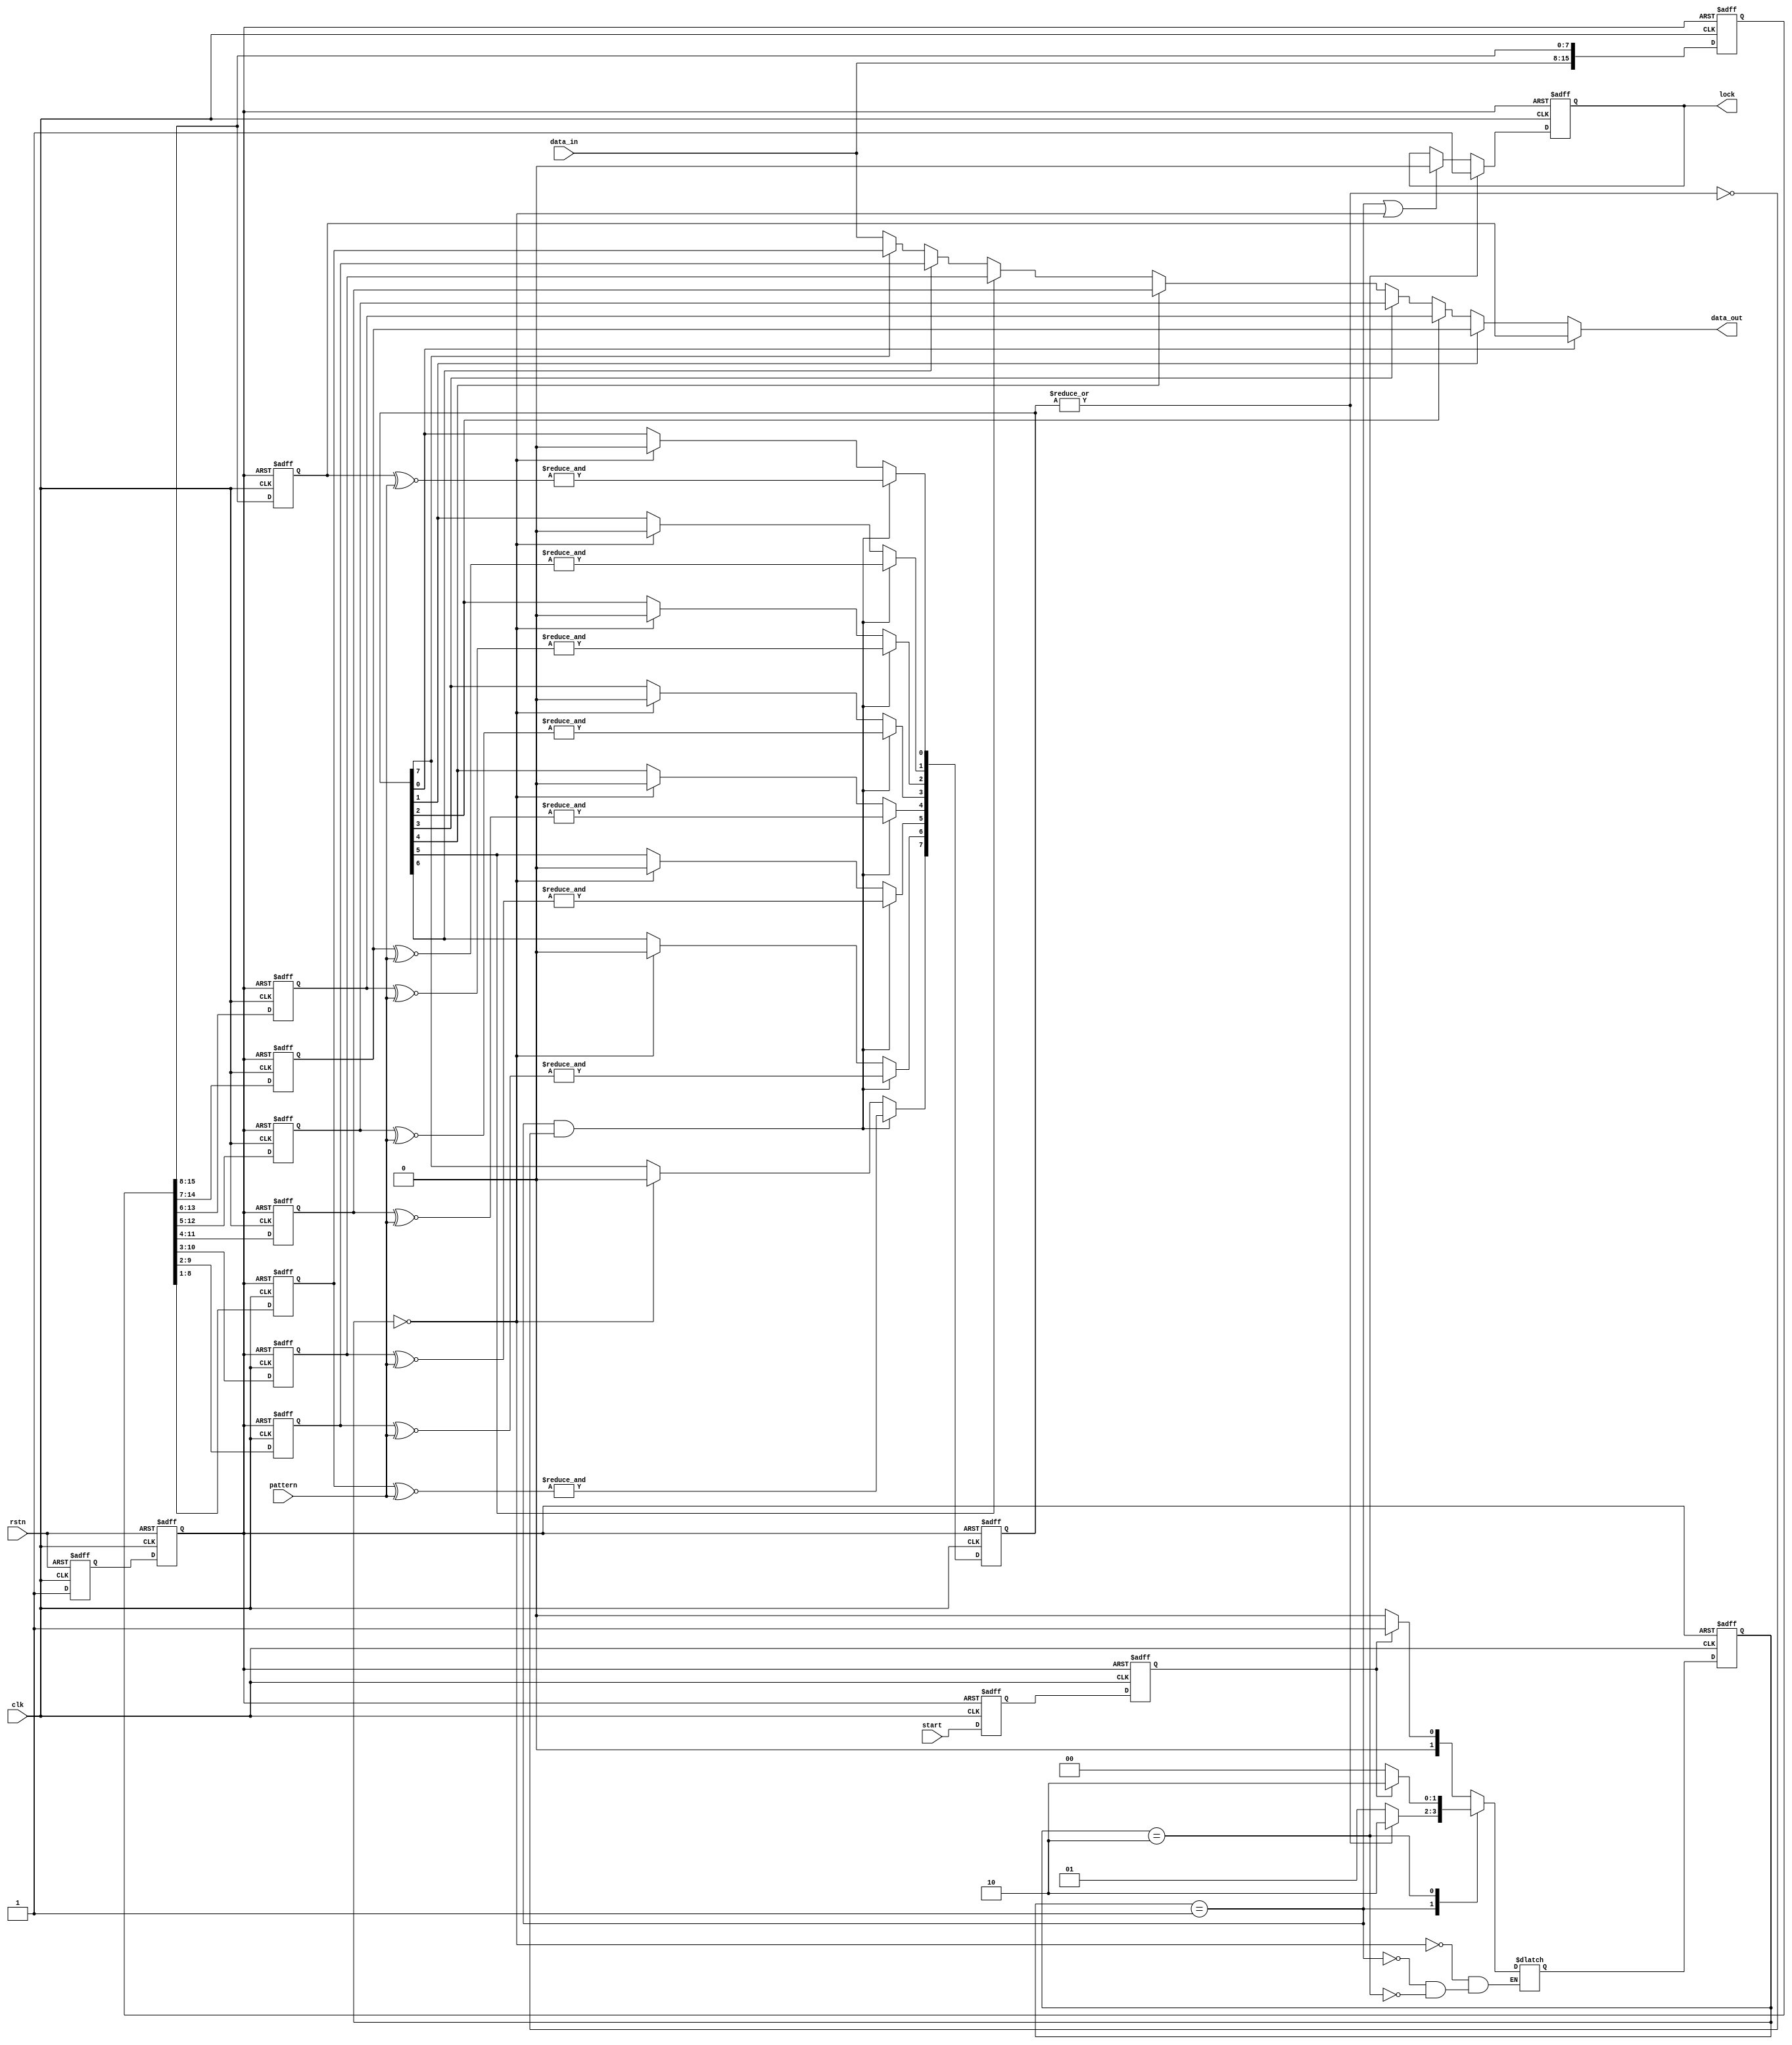
/////////////////////////////////////////////////////////////////////////////
//
// Copyright (C) 2013-2019 Efinix Inc. All rights reserved.
//
// frame_aligner.v
//
// *******************************
// Revisions:
// 1.0 Initial rev
// 1.1 Design updated to 2021.1
//
// *******************************
/////////////////////////////////////////////////////////////////////////////


module frame_aligner (
input clk,
input rstn,
input start,
input [7:0] data_in,
input [7:0] pattern,
output [7:0] data_out,
output reg lock
);

reg [15:0] data_buff;
reg rstn_filt, rstn_sync;
reg [1:0] cstates, nstates;
reg start_filt, start_sync;
reg [7:0] pipe0, pipe1, pipe2, pipe3, pipe4, pipe5, pipe6, pipe7;
reg [7:0] match_i;
wire match;

assign match = |match_i;

localparam IDLE		= 2'b00, 
	   SEARCH 	= 2'b01,
	   LOCK 	= 2'b10;

always @(posedge clk or negedge rstn) begin
	if (!rstn) begin
	rstn_filt <= 1'b0;
	rstn_sync <= 1'b0;
	end else begin
	rstn_filt <= 1'b1;
	rstn_sync <= rstn_filt;
	end
end

always @(posedge clk or negedge rstn_sync) begin
	if (!rstn_sync) begin
	data_buff <= 16'h0000;
	end else begin
	data_buff <= {data_in, data_buff[15:8]};
	end
end

always @(posedge clk or negedge rstn_sync) begin
	if (!rstn_sync) begin
	start_filt <= 1'b0;
	start_sync <= 1'b0;
	end else begin
	start_filt <= start;
	start_sync <= start_filt;
	end
end


//State machine

always @(posedge clk or negedge rstn_sync) begin
	if (!rstn_sync) begin
	cstates <= IDLE;
	end else begin
	cstates <= nstates;
	end
end

always @(cstates or start_sync or match) begin
	case(cstates)
	IDLE	: if (start_sync)		nstates = SEARCH;
	      	  else				nstates = IDLE;
	SEARCH	: if (match) 			nstates = LOCK;
		  else				nstates = SEARCH;
	LOCK	: if (!start_sync) 		nstates = IDLE;
	      	  else 				nstates = LOCK;
	endcase
end

always @(posedge clk or negedge rstn_sync) begin
	if (!rstn_sync) begin
	pipe0 <= 8'h00;
	pipe1 <= 8'h00;
	pipe2 <= 8'h00;
	pipe3 <= 8'h00;
	pipe4 <= 8'h00;
	pipe5 <= 8'h00;
	pipe6 <= 8'h00;
	pipe7 <= 8'h00;
	end else begin
	pipe0 <= data_buff[15:8];
	pipe1 <= data_buff[14:7];
	pipe2 <= data_buff[13:6];
	pipe3 <= data_buff[12:5];
	pipe4 <= data_buff[11:4];
	pipe5 <= data_buff[10:3];
	pipe6 <= data_buff[9:2];
	pipe7 <= data_buff[8:1];
	end
end

always @(posedge clk or negedge rstn_sync) begin
	if (!rstn_sync) begin
	match_i <= 8'h00;
	end else begin
		if (cstates == SEARCH & ~match) begin
		match_i[7] <= &(pipe7 ~^ pattern);
		match_i[6] <= &(pipe6 ~^ pattern);
		match_i[5] <= &(pipe5 ~^ pattern);
		match_i[4] <= &(pipe4 ~^ pattern);
		match_i[3] <= &(pipe3 ~^ pattern);
		match_i[2] <= &(pipe2 ~^ pattern);
		match_i[1] <= &(pipe1 ~^ pattern);
		match_i[0] <= &(pipe0 ~^ pattern);
		end else if (cstates == IDLE) begin
    		    match_i <= 8'h00;
		end
	end
end

always @(posedge clk or negedge rstn_sync) begin
	if (!rstn_sync) begin
	lock <= 1'b0;
	end else begin
		if (cstates == LOCK) 
		lock <= 1'b1;
		else if (cstates == SEARCH || cstates == IDLE)
		lock <= 1'b0;
	end
end

assign data_out = match_i[0] ? pipe0 :
		  match_i[1] ? pipe1 :
		  match_i[2] ? pipe2 :
		  match_i[3] ? pipe3 :
		  match_i[4] ? pipe4 :
		  match_i[5] ? pipe5 :
		  match_i[6] ? pipe6 :
		  match_i[7] ? pipe7 :
		  data_in;
endmodule


//////////////////////////////////////////////////////////////////////////////
// Copyright (C) 2013-2019 Efinix Inc. All rights reserved.
//
// This   document  contains  proprietary information  which   is
// protected by  copyright. All rights  are reserved.  This notice
// refers to original work by Efinix, Inc. which may be derivitive
// of other work distributed under license of the authors.  In the
// case of derivative work, nothing in this notice overrides the
// original author's license agreement.  Where applicable, the 
// original license agreement is included in it's original 
// unmodified form immediately below this header.
//
// WARRANTY DISCLAIMER.  
//     THE  DESIGN, CODE, OR INFORMATION ARE PROVIDED AS IS AND 
//     EFINIX MAKES NO WARRANTIES, EXPRESS OR IMPLIED WITH 
//     RESPECT THERETO, AND EXPRESSLY DISCLAIMS ANY IMPLIED WARRANTIES, 
//     INCLUDING, WITHOUT LIMITATION, THE IMPLIED WARRANTIES OF 
//     MERCHANTABILITY, NON-INFRINGEMENT AND FITNESS FOR A PARTICULAR 
//     PURPOSE.  SOME STATES DO NOT ALLOW EXCLUSIONS OF AN IMPLIED 
//     WARRANTY, SO THIS DISCLAIMER MAY NOT APPLY TO LICENSEE.
//
// LIMITATION OF LIABILITY.  
//     NOTWITHSTANDING ANYTHING TO THE CONTRARY, EXCEPT FOR BODILY 
//     INJURY, EFINIX SHALL NOT BE LIABLE WITH RESPECT TO ANY SUBJECT 
//     MATTER OF THIS AGREEMENT UNDER TORT, CONTRACT, STRICT LIABILITY 
//     OR ANY OTHER LEGAL OR EQUITABLE THEORY (I) FOR ANY INDIRECT, 
//     SPECIAL, INCIDENTAL, EXEMPLARY OR CONSEQUENTIAL DAMAGES OF ANY 
//     CHARACTER INCLUDING, WITHOUT LIMITATION, DAMAGES FOR LOSS OF 
//     GOODWILL, DATA OR PROFIT, WORK STOPPAGE, OR COMPUTER FAILURE OR 
//     MALFUNCTION, OR IN ANY EVENT (II) FOR ANY AMOUNT IN EXCESS, IN 
//     THE AGGREGATE, OF THE FEE PAID BY LICENSEE TO EFINIX HEREUNDER 
//     (OR, IF THE FEE HAS BEEN WAIVED, $100), EVEN IF EFINIX SHALL HAVE 
//     BEEN INFORMED OF THE POSSIBILITY OF SUCH DAMAGES.  SOME STATES DO 
//     NOT ALLOW THE EXCLUSION OR LIMITATION OF INCIDENTAL OR 
//     CONSEQUENTIAL DAMAGES, SO THIS LIMITATION AND EXCLUSION MAY NOT 
//     APPLY TO LICENSEE.
//
/////////////////////////////////////////////////////////////////////////////